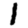
Digit: 1